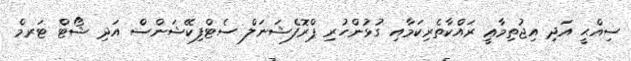
ސިއްޙީ އަދި އިޖުތިމާޢީ ރައްކާތެރިކަމާއި ގުޅުންހުރި ޕްރޮފެޝަނަލް ސެޓްފިކޭޝަންސް އަދި ޝޯޓް ޓަރމް